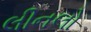
લીનલો